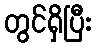
တွင်ရှိပြီး